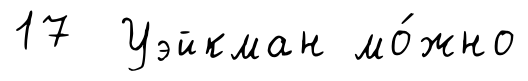
17 Уэйкман мо́жно